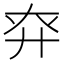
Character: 𢌾